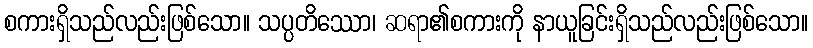
စကားရှိသည်လည်းဖြစ်သော။ သပ္ပတိဿော၊ ဆရာ၏စကားကို နာယူခြင်းရှိသည်လည်းဖြစ်သော။